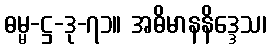
ဓမ္မ-ဋ္ဌ-ဒု-၇၁။ အဓိမာနနိဒ္ဒေသ၊